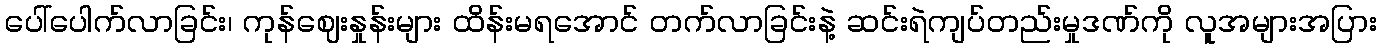
ပေါ်ပေါက်လာခြင်း၊ ကုန်ဈေးနှုန်းများ ထိန်းမရအောင် တက်လာခြင်းနဲ့ ဆင်းရဲကျပ်တည်းမှုဒဏ်ကို လူအများအပြား